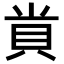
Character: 𮙲